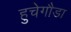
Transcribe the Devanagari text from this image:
हुचेगौडा